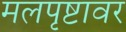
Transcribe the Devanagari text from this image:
मलपृष्टावर